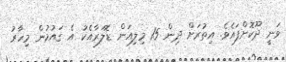
ވަނީ ދޫކޮށްފައެވެ. އިތުރަށް ދިން 15 މިލިއަން ޑޮލަރާއެކު އެ ގައުމުން މިހާރު